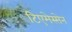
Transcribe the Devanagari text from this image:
टिएमेस्सेन